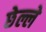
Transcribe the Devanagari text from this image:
छेल्ले